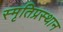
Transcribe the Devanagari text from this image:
स्मृतिप्रस्थान